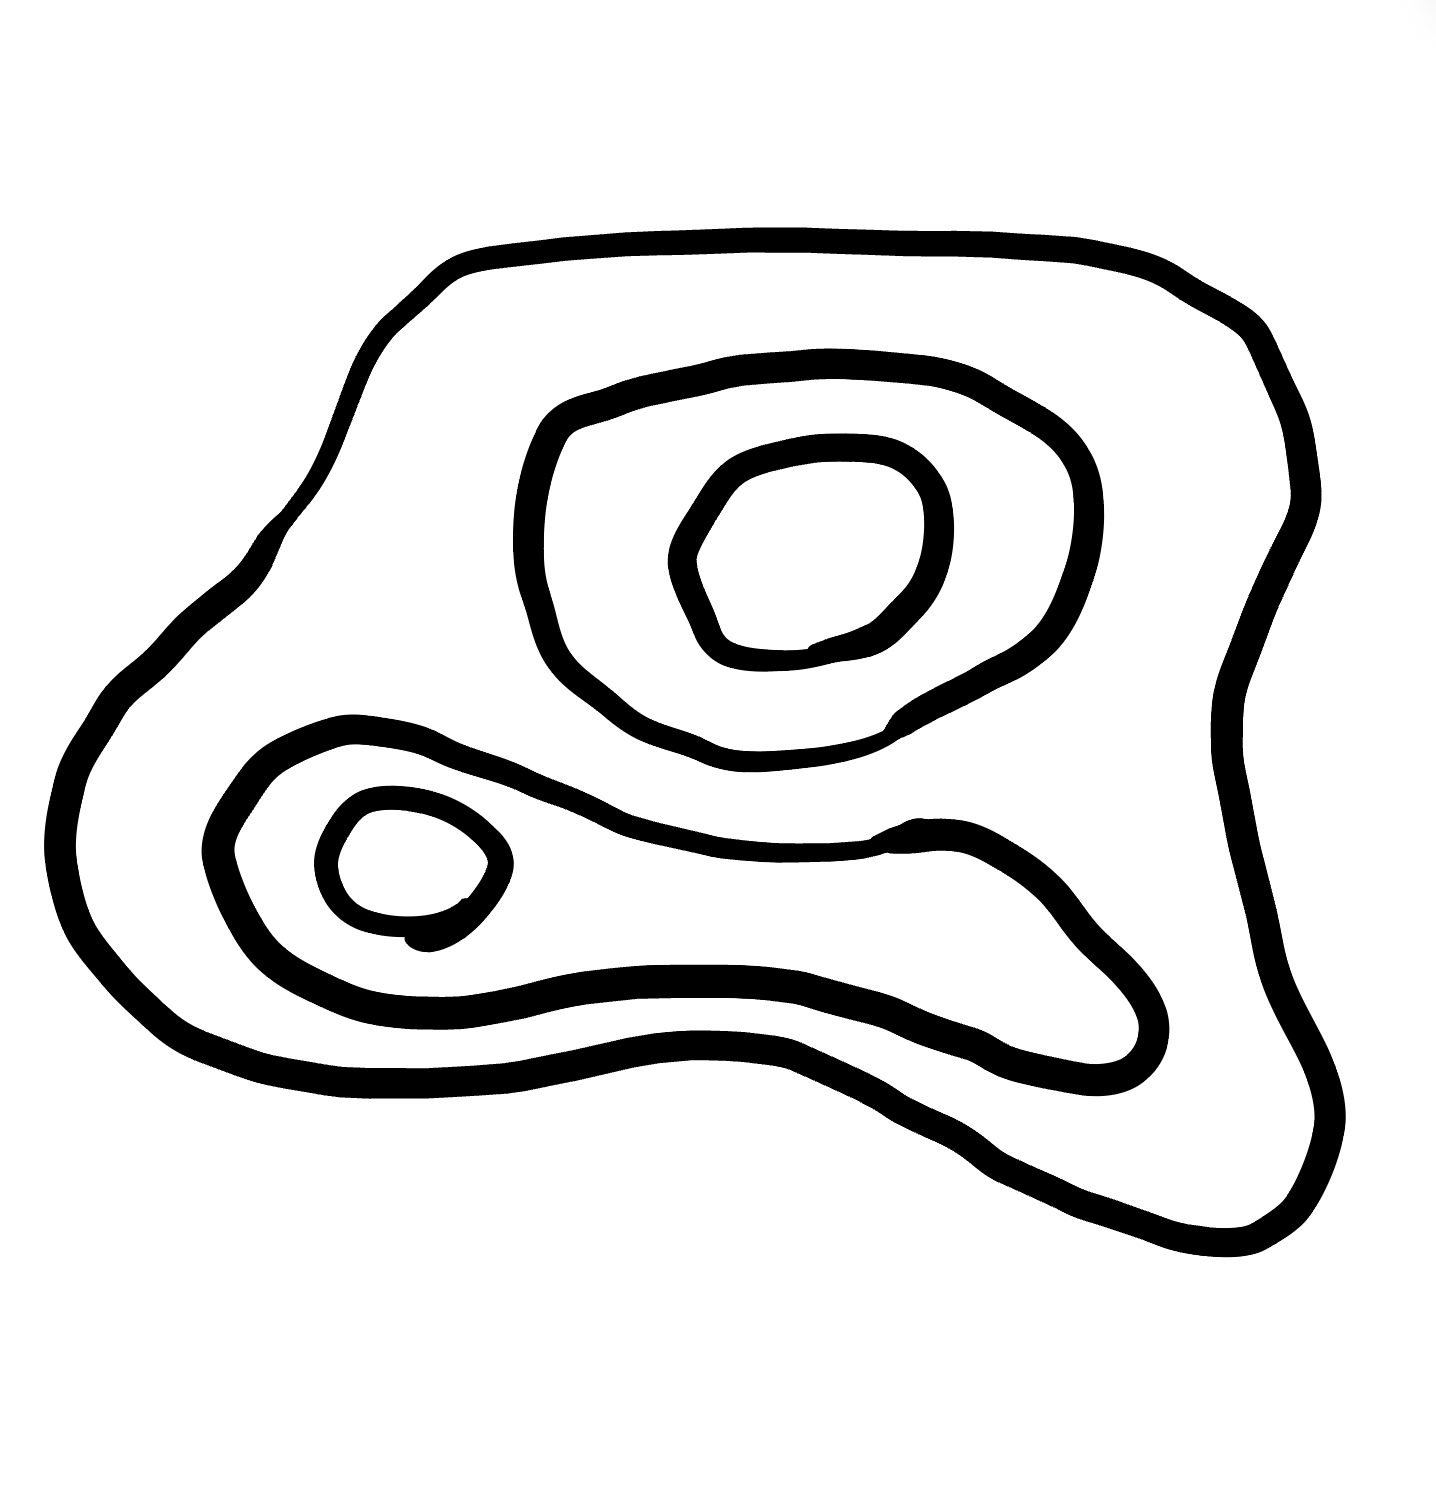
Number of regions (including the outer root region): 6
Containment tree edges (parent, child): 0, 1, 1, 2, 1, 4, 2, 3, 4, 5